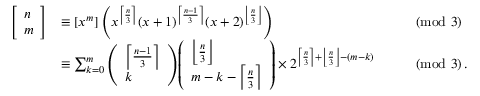
{ \begin{array} { r l r l } { { \left[ \begin{array} { l } { n } \\ { m } \end{array} \right] } } & { \equiv [ x ^ { m } ] \left( x ^ { \left\lceil { \frac { n } { 3 } } \right\rceil } ( x + 1 ) ^ { \left\lceil { \frac { n - 1 } { 3 } } \right\rceil } ( x + 2 ) ^ { \left\lfloor { \frac { n } { 3 } } \right\rfloor } \right) } & & { { \pmod { 3 } } } \\ & { \equiv \sum _ { k = 0 } ^ { m } { \left( \begin{array} { l } { \left\lceil { \frac { n - 1 } { 3 } } \right\rceil } \\ { k } \end{array} \right) } { \left( \begin{array} { l } { \left\lfloor { \frac { n } { 3 } } \right\rfloor } \\ { m - k - \left\lceil { \frac { n } { 3 } } \right\rceil } \end{array} \right) } \times 2 ^ { \left\lceil { \frac { n } { 3 } } \right\rceil + \left\lfloor { \frac { n } { 3 } } \right\rfloor - ( m - k ) } } & & { { \pmod { 3 } } \, . } \end{array} }